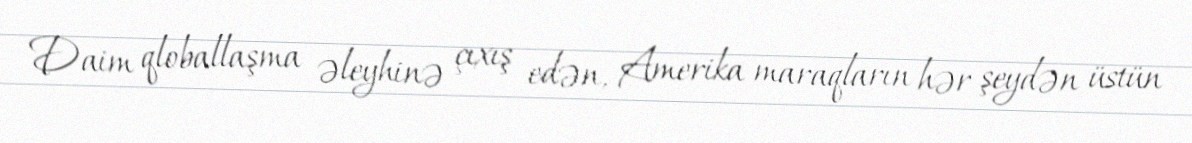
Daim qloballaşma əleyhinə çıxış edən, Amerika maraqların hər şeydən üstün